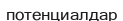
потенциалдар